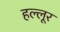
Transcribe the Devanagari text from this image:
हल्लूर